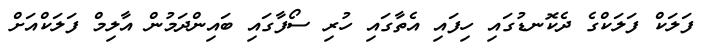
ފަލަކް ފަލަކްގެ ދެކޮނޑުގައި ހިފައި އެތާގައި ހުރި ސޯފާގައި ބައިންދަމުން އާލިމް ފަލަކްއަށް